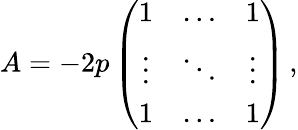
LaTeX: A=-2p\left(\begin{array}{ccc}{{1}}&{{\ldots}}&{{1}}\\ {{\vdots}}&{{\ddots}}&{{\vdots}}\\ {{1}}&{{\ldots}}&{{1}}\end{array}\right)\, ,